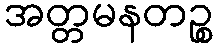
အတ္တမနတဉ္စ